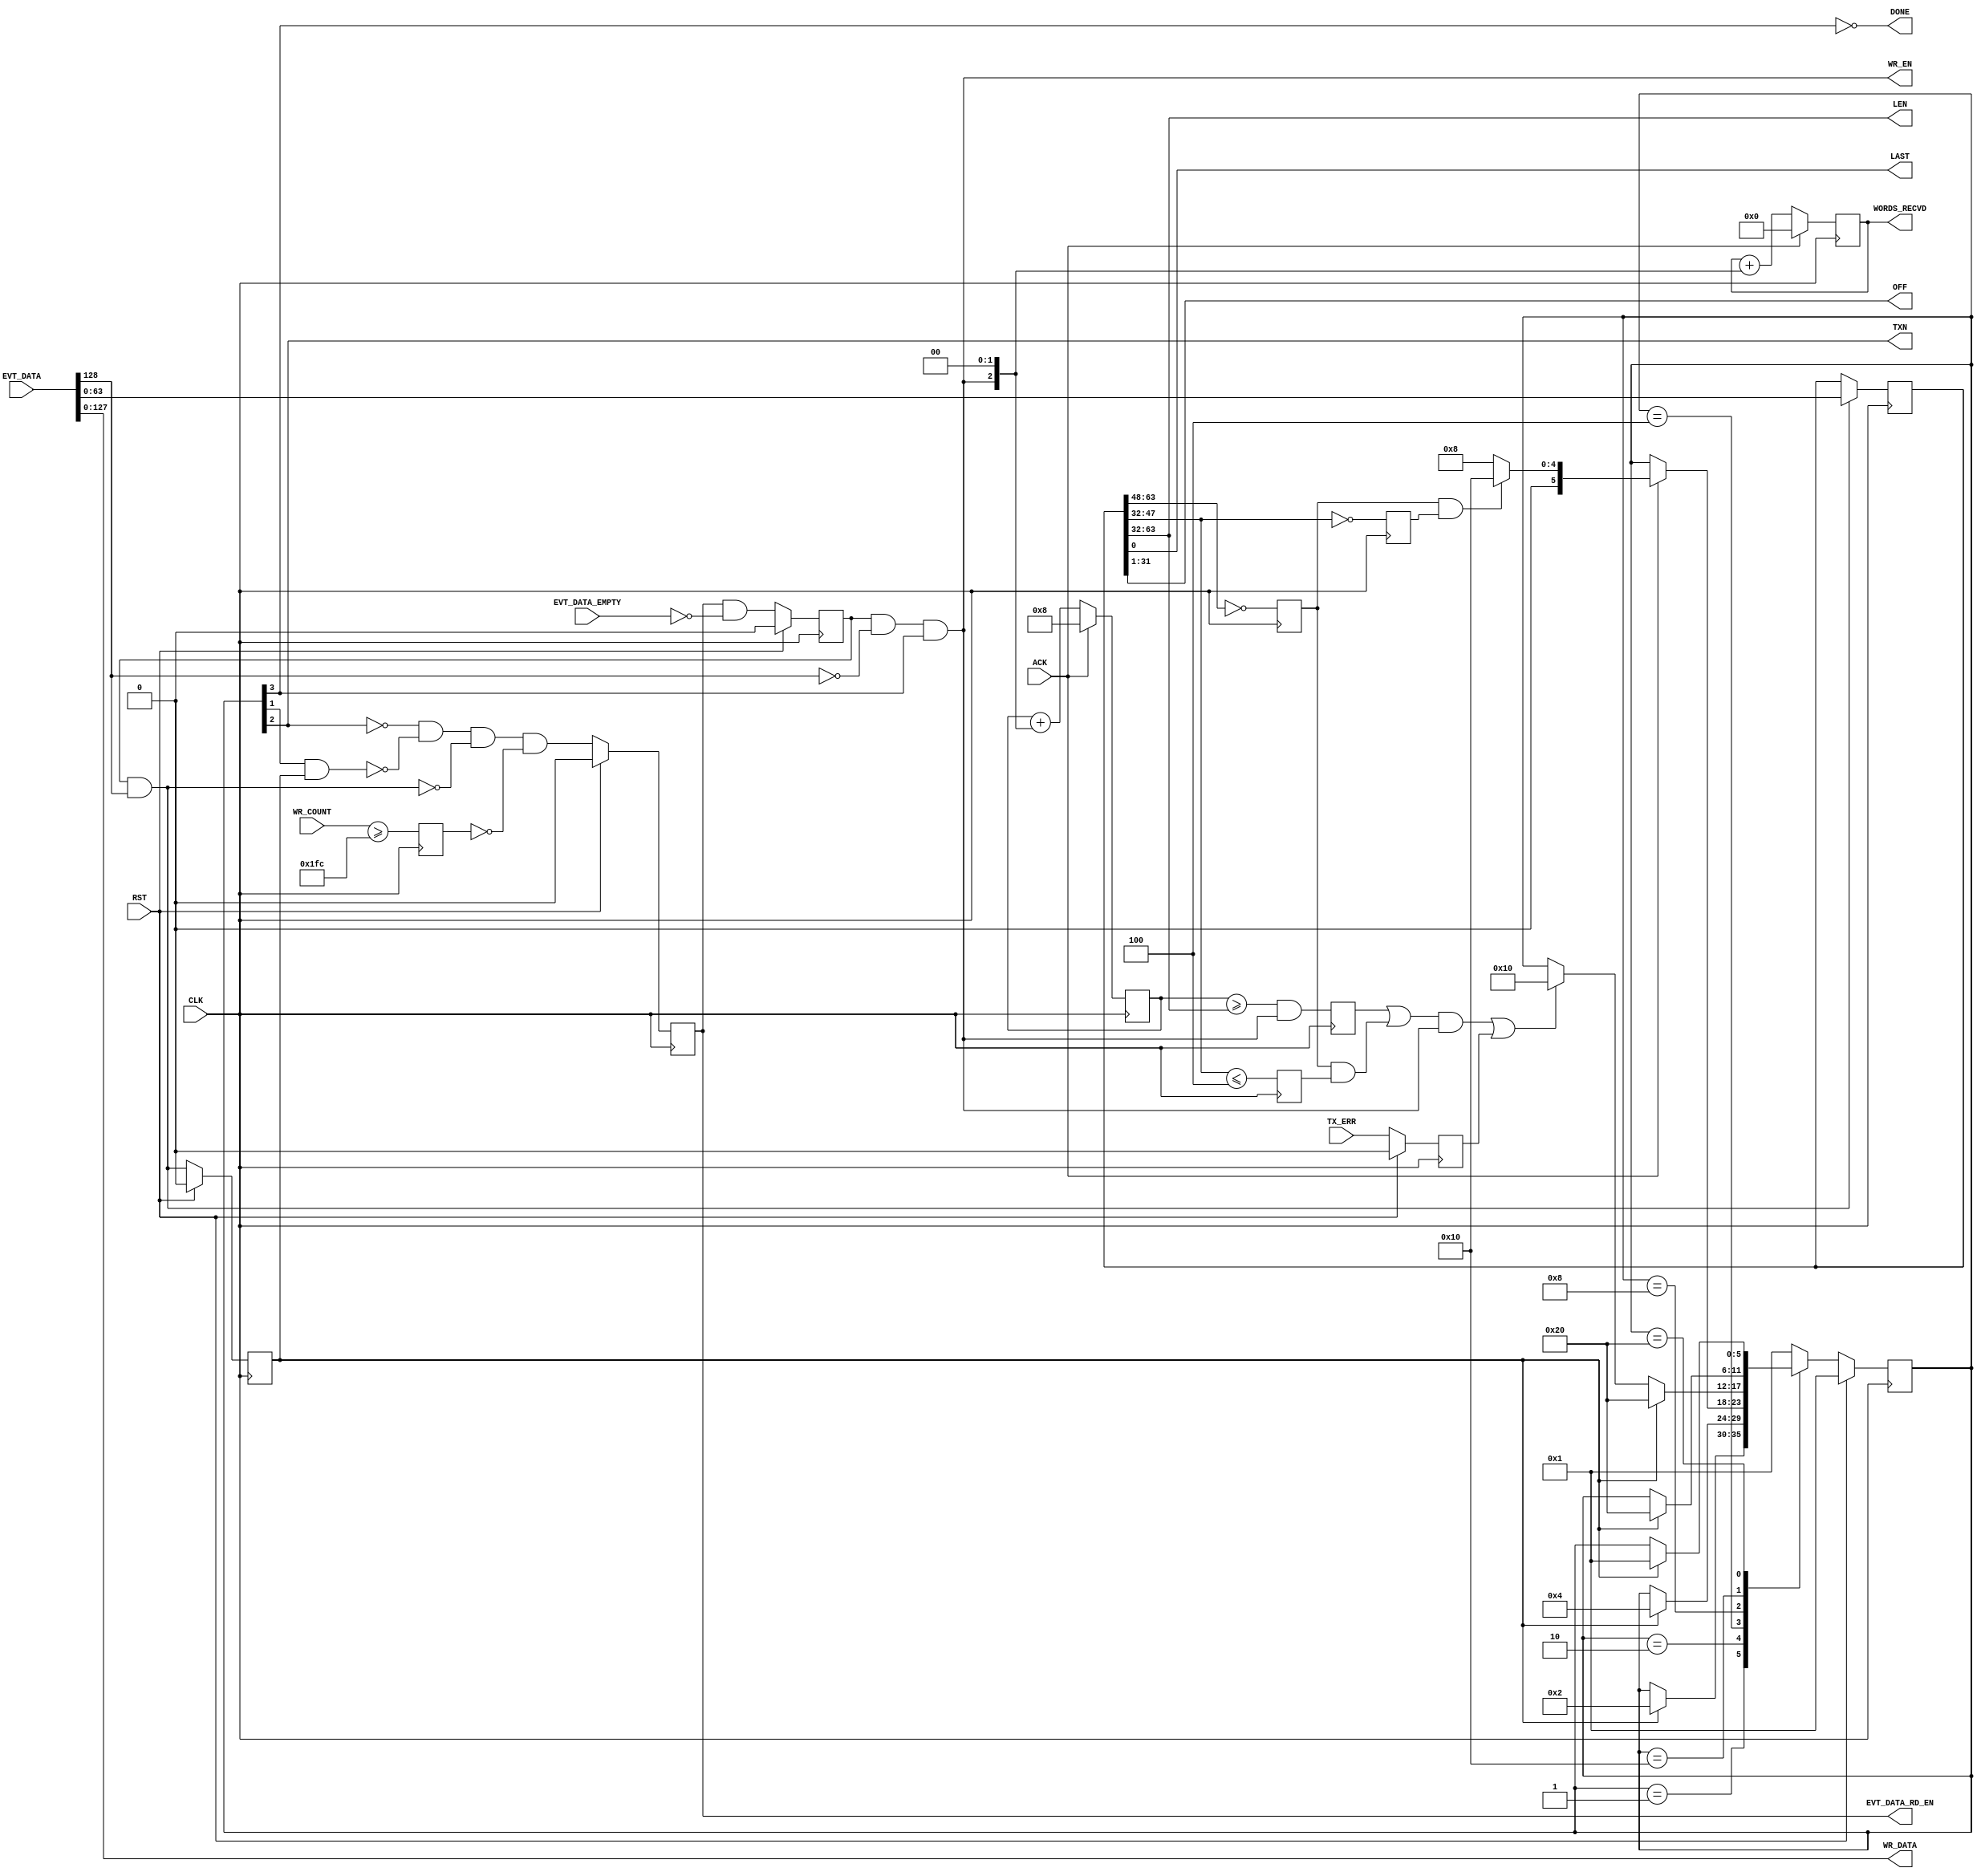
// ----------------------------------------------------------------------
// Copyright (c) 2016, The Regents of the University of California All
// rights reserved.
// 
// Redistribution and use in source and binary forms, with or without
// modification, are permitted provided that the following conditions are
// met:
// 
//     * Redistributions of source code must retain the above copyright
//       notice, this list of conditions and the following disclaimer.
// 
//     * Redistributions in binary form must reproduce the above
//       copyright notice, this list of conditions and the following
//       disclaimer in the documentation and/or other materials provided
//       with the distribution.
// 
//     * Neither the name of The Regents of the University of California
//       nor the names of its contributors may be used to endorse or
//       promote products derived from this software without specific
//       prior written permission.
// 
// THIS SOFTWARE IS PROVIDED BY THE COPYRIGHT HOLDERS AND CONTRIBUTORS
// "AS IS" AND ANY EXPRESS OR IMPLIED WARRANTIES, INCLUDING, BUT NOT
// LIMITED TO, THE IMPLIED WARRANTIES OF MERCHANTABILITY AND FITNESS FOR
// A PARTICULAR PURPOSE ARE DISCLAIMED. IN NO EVENT SHALL REGENTS OF THE
// UNIVERSITY OF CALIFORNIA BE LIABLE FOR ANY DIRECT, INDIRECT,
// INCIDENTAL, SPECIAL, EXEMPLARY, OR CONSEQUENTIAL DAMAGES (INCLUDING,
// BUT NOT LIMITED TO, PROCUREMENT OF SUBSTITUTE GOODS OR SERVICES; LOSS
// OF USE, DATA, OR PROFITS; OR BUSINESS INTERRUPTION) HOWEVER CAUSED AND
// ON ANY THEORY OF LIABILITY, WHETHER IN CONTRACT, STRICT LIABILITY, OR
// TORT (INCLUDING NEGLIGENCE OR OTHERWISE) ARISING IN ANY WAY OUT OF THE
// USE OF THIS SOFTWARE, EVEN IF ADVISED OF THE POSSIBILITY OF SUCH
// DAMAGE.
// ----------------------------------------------------------------------
//----------------------------------------------------------------------------
// Version:				1.00.a
// Verilog Standard:	Verilog-2001
// Description:			Detects transaction open/close events from the stream
// of data from the tx_port_channel_gate. Filters out events and passes data
// onto the tx_port_buffer. 
// History:				@mattj: Version 2.0
//-----------------------------------------------------------------------------
`define S_TXPORTMON128_NEXT		6'b00_0001
`define S_TXPORTMON128_EVT_2	6'b00_0010
`define S_TXPORTMON128_TXN		6'b00_0100
`define S_TXPORTMON128_READ		6'b00_1000
`define S_TXPORTMON128_END_0	6'b01_0000
`define S_TXPORTMON128_END_1	6'b10_0000

`timescale 1ns/1ns
module tx_port_monitor_128 #(
	parameter C_DATA_WIDTH = 9'd128,
	parameter C_FIFO_DEPTH = 512,
	// Local parameters
	parameter C_FIFO_DEPTH_THRESH = (C_FIFO_DEPTH - 4),
	parameter C_FIFO_DEPTH_WIDTH = $clog2((2**$clog2(C_FIFO_DEPTH))+1),
	parameter C_VALID_HIST = 1
)
(
	input RST,
	input CLK,

	input [C_DATA_WIDTH:0] EVT_DATA,			// Event data from tx_port_channel_gate
	input EVT_DATA_EMPTY,						// Event data FIFO is empty
	output EVT_DATA_RD_EN,						// Event data FIFO read enable

	output [C_DATA_WIDTH-1:0] WR_DATA,			// Output data
	output WR_EN,								// Write enable for output data
	input [C_FIFO_DEPTH_WIDTH-1:0] WR_COUNT,	// Output FIFO count

	output TXN,									// Transaction parameters are valid
	input ACK,									// Transaction parameter read, continue
	output LAST,								// Channel last write
	output [31:0] LEN,							// Channel write length (in 32 bit words)
	output [30:0] OFF,							// Channel write offset
	output [31:0] WORDS_RECVD,					// Count of data words received in transaction
	output DONE,								// Transaction is closed

	input TX_ERR								// Transaction encountered an error
);

// `include "functions.vh"

(* syn_encoding = "user" *)
(* fsm_encoding = "user" *)
reg 	[5:0]				rState=`S_TXPORTMON128_NEXT, _rState=`S_TXPORTMON128_NEXT;
reg 						rRead=0, _rRead=0;
reg 	[C_VALID_HIST-1:0]	rDataValid={C_VALID_HIST{1'd0}}, _rDataValid={C_VALID_HIST{1'd0}};
reg 						rEvent=0, _rEvent=0;
reg 	[63:0]				rReadData=64'd0, _rReadData=64'd0;
reg 	[31:0]				rWordsRecvd=0, _rWordsRecvd=0;
reg 	[31:0]				rWordsRecvdAdv=0, _rWordsRecvdAdv=0;
reg 						rAlmostAllRecvd=0, _rAlmostAllRecvd=0;
reg 						rAlmostFull=0, _rAlmostFull=0;
reg 						rLenEQ0Hi=0, _rLenEQ0Hi=0;
reg 						rLenEQ0Lo=0, _rLenEQ0Lo=0;
reg 						rLenLE4Lo=0, _rLenLE4Lo=0;
reg							rTxErr=0, _rTxErr=0;

wire wEventData = (rDataValid[0] & EVT_DATA[C_DATA_WIDTH]);
wire wPayloadData = (rDataValid[0] & !EVT_DATA[C_DATA_WIDTH] & rState[3]); // S_TXPORTMON128_READ
wire wAllWordsRecvd = ((rAlmostAllRecvd | (rLenEQ0Hi & rLenLE4Lo)) & wPayloadData);

assign EVT_DATA_RD_EN = rRead;

assign WR_DATA = EVT_DATA[C_DATA_WIDTH-1:0];
assign WR_EN = wPayloadData; // S_TXPORTMON128_READ

assign TXN = rState[2]; // S_TXPORTMON128_TXN
assign LAST = rReadData[0];
assign OFF = rReadData[31:1];
assign LEN = rReadData[63:32];
assign WORDS_RECVD = rWordsRecvd;
assign DONE = !rState[3]; // !S_TXPORTMON128_READ




// Buffer the input signals that come from outside the tx_port.
always @ (posedge CLK) begin
	rTxErr <= #1 (RST ? 1'd0 : _rTxErr);
end

always @ (*) begin
	_rTxErr = TX_ERR;
end


// Transaction monitoring FSM.
always @ (posedge CLK) begin
	rState <= #1 (RST ? `S_TXPORTMON128_NEXT : _rState);
end

always @ (*) begin
	_rState = rState;
	case (rState)

	`S_TXPORTMON128_NEXT: begin // Read, wait for start of transaction event
		if (rEvent)
			_rState = `S_TXPORTMON128_EVT_2;
	end

	`S_TXPORTMON128_EVT_2: begin // Read, wait for start of transaction event
		if (rEvent)
			_rState = `S_TXPORTMON128_TXN;
	end

	`S_TXPORTMON128_TXN: begin // Don't read, wait until transaction has been acknowledged
		if (ACK)
			_rState = ((rLenEQ0Hi && rLenEQ0Lo) ? `S_TXPORTMON128_END_0 : `S_TXPORTMON128_READ);
	end

	`S_TXPORTMON128_READ: begin // Continue reading, wait for end of transaction event or all expected data
		if (rEvent)
			_rState = `S_TXPORTMON128_END_1;
		else if (wAllWordsRecvd | rTxErr)
			_rState = `S_TXPORTMON128_END_0;
	end
	
	`S_TXPORTMON128_END_0: begin // Continue reading, wait for first end of transaction event
		if (rEvent)
			_rState = `S_TXPORTMON128_END_1;
	end

	`S_TXPORTMON128_END_1: begin // Continue reading, wait for second end of transaction event
		if (rEvent)
			_rState = `S_TXPORTMON128_NEXT;
	end

	default: begin
		_rState = `S_TXPORTMON128_NEXT;
	end

	endcase	
end


// Manage reading from the FIFO and tracking amounts read.
always @ (posedge CLK) begin
	rRead <= #1 (RST ? 1'd0 : _rRead);
	rDataValid <= #1 (RST ? {C_VALID_HIST{1'd0}} : _rDataValid);
	rEvent <= #1 (RST ? 1'd0 : _rEvent);
	rReadData <= #1 _rReadData;
	rWordsRecvd <= #1 _rWordsRecvd;
	rWordsRecvdAdv <= #1 _rWordsRecvdAdv;
	rAlmostAllRecvd <= #1 _rAlmostAllRecvd;
	rAlmostFull <= #1 _rAlmostFull;
	rLenEQ0Hi <= #1 _rLenEQ0Hi;
	rLenEQ0Lo <= #1 _rLenEQ0Lo;
	rLenLE4Lo <= #1 _rLenLE4Lo;
end

always @ (*) begin
	// Don't get to the full point in the output FIFO
	_rAlmostFull = (WR_COUNT >= C_FIFO_DEPTH_THRESH);

	// Track read history so we know when data is valid
	_rDataValid = ((rDataValid<<1) | (rRead & !EVT_DATA_EMPTY));

	// Read until we get a (valid) event
	_rRead = (!rState[2] & !(rState[1] & rEvent) & !wEventData & !rAlmostFull); // !S_TXPORTMON128_TXN

	// Track detected events
	_rEvent = wEventData;

	// Save event data when valid
	if (wEventData)
		_rReadData = EVT_DATA[63:0];
	else
		_rReadData = rReadData;
	
	// If LEN == 0, we don't want to send any data to the output
	_rLenEQ0Hi = (LEN[31:16] == 16'd0);
	_rLenEQ0Lo = (LEN[15:0] == 16'd0);

	// If LEN <= 4, we want to trigger the almost all received flag
	_rLenLE4Lo = (LEN[15:0] <= 16'd4);
	
	// Count received non-event data
	_rWordsRecvd = (ACK ? 0 : rWordsRecvd + (wPayloadData<<2));
	_rWordsRecvdAdv = (ACK ? 2*(C_DATA_WIDTH/32) : rWordsRecvdAdv + (wPayloadData<<2));
	_rAlmostAllRecvd = ((rWordsRecvdAdv >= LEN) && wPayloadData);
end

endmodule